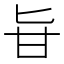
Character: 𠤔